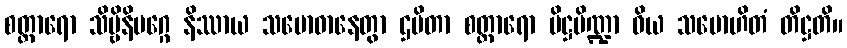
စတ္တာရော သိဗ္ဗိနိမဂ္ဂေ နိဿာယ သမောဓာနေတွာ ဌပိတာ စတ္တာရော ပိဋ္ဌပိဏ္ဍာ ဝိယ သမောဟိတံ တိဋ္ဌတိ။